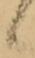
候